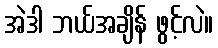
အဲဒါ ဘယ်အချိန် ဖွင့်လဲ။